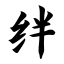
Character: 绊